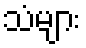
သံများ